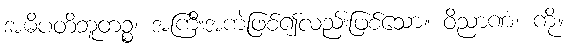
အဓိပတိဘူတဉ္စ၊ အကြီးအကဲဖြစ်၍လည်းဖြစ်သော။ ဝိညာဏံ၊ ကို။